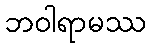
ဘဝါရာမဿ